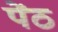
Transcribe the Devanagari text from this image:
पेंठ